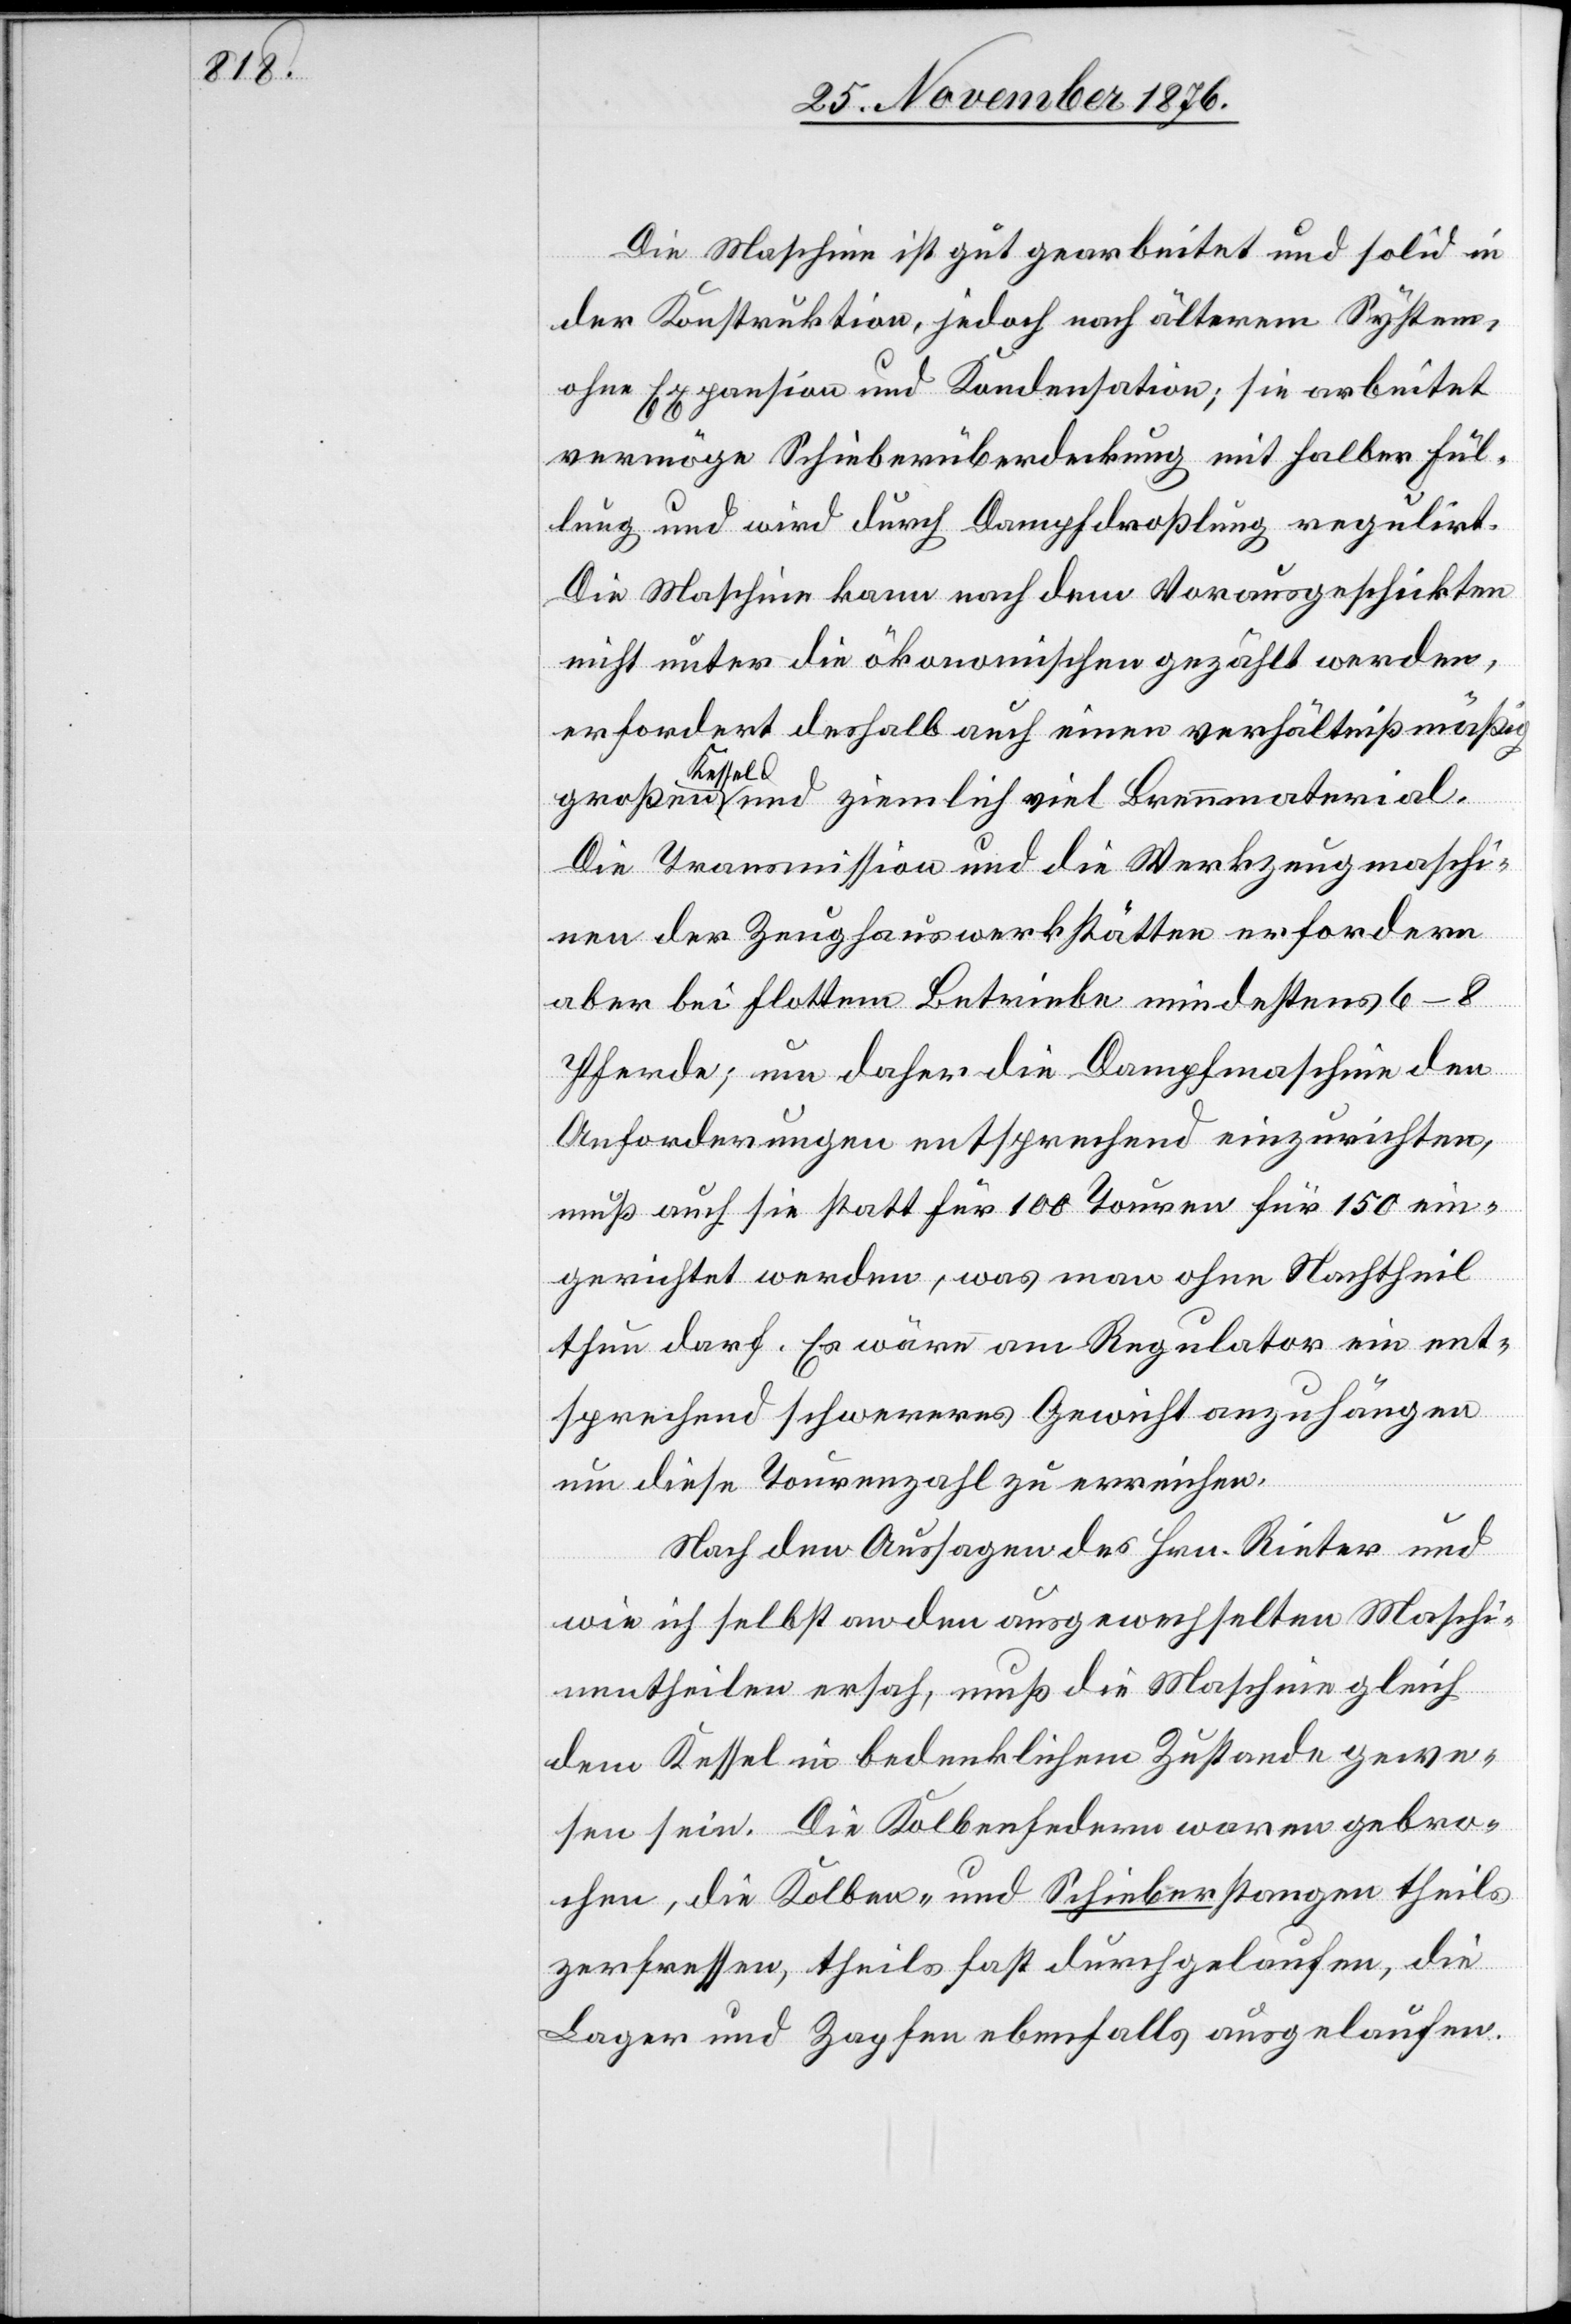
Die Maschine ist gut gearbeitet und solid in
der Konstruktion, jedoch nach älterem System,
ohne Expansion und Kondensation; sie arbeitet
vermöge Schieberüberdeckung mit halber Fül¬
lung und wird durch Dampfdroßlung regulirt.
Die Maschine kann nach dem Vorausgeschickten
nicht unter die ökonomischen gezählt werden,
erfordert deshalb auch einen verhältnißmäßig
großen Kessel und ziemlich viel Brennmaterial.
Die Transmission und die Werkzeugmaschi¬
nen der Zeughauswerkstätten erfordern
aber bei flottem Betriebe mindestens 6–8
Pferde; um daher die Dampfmaschine den
Anforderungen entsprechend einzurichten,
muß auch sie statt für 100 Touren für 150 ein¬
gerichtet werden, was man ohne Nachtheil
thun darf. Es wäre am Regulator ein ent¬
sprechend schwereres Gewicht anzuhängen
um diese Tourenzahl zu erreichen.
Nach den Aussagen des Hrn. Rieter und
wie ich selbst an den ausgewechselten Maschi¬
nentheilen ersah, muß die Maschine gleich
dem Kessel in bedenklichem Zustande gewe¬
sen sein. Die Kolbenfedern waren gebro¬
chen, die Kolben- und Schieberstangen theils
zerfressen, theils fast durchgelaufen, die
Lager und Zapfen ebenfalls ausgelaufen.